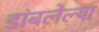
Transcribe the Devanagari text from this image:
डांबलेल्या